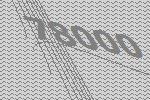
78000